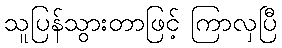
သူပြန်သွားတာဖြင့် ကြာလှပြီ